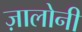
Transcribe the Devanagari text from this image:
ज़ालोनी